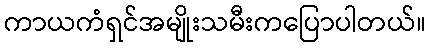
ကာယကံရှင်အမျိုးသမီးကပြောပါတယ်။